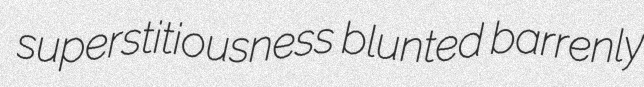
superstitiousness blunted barrenly